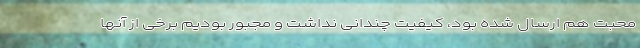
محبت هم ارسال شده بود، کیفیت چندانی نداشت و مجبور بودیم برخی از آنها